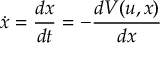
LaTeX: { \dot { x } } = { \frac { d x } { d t } } = - { \frac { d V ( u , x ) } { d x } }